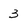
Character: 3